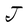
Character: J